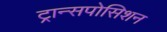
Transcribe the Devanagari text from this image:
ट्रान्सपोसिशन